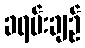
ခရမ်းချဉ်